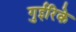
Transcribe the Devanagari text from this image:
गुईरिके